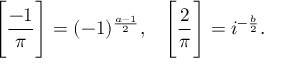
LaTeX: { \Bigg [ } { \frac { - 1 } { \pi } } { \Bigg ] } = ( - 1 ) ^ { \frac { a - 1 } { 2 } } , \; \; \; { \Bigg [ } { \frac { 2 } { \pi } } { \Bigg ] } = i ^ { - { \frac { b } { 2 } } } .